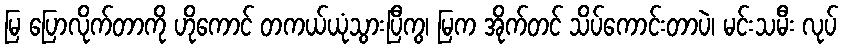
မြ ပြောလိုက်တာကို ဟိုကောင် တကယ်ယုံသွားပြီကွ၊ မြက အိုက်တင် သိပ်ကောင်းတာပဲ၊ မင်းသမီး လုပ်